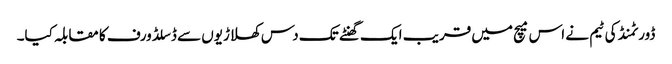
ڈورٹمنڈ کی ٹیم نے اس میچ میں قریب ایک گھنٹے تک دس کھلاڑیوں سے ڈسلڈورف کا مقابلہ کیا۔